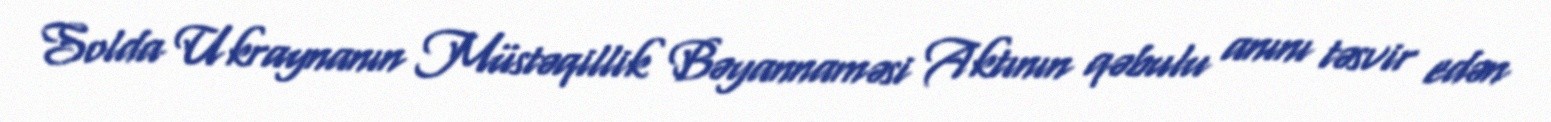
Solda Ukraynanın Müstəqillik Bəyannaməsi Aktının qəbulu anını təsvir edən